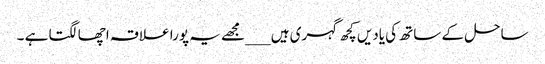
ساحل کے ساتھ کی یادیں کچھ گہری ہیں ___مجھے یہ پورا علاقہ اچھا لگتا ہے ۔